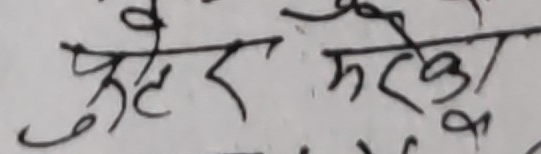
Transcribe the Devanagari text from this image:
छुटेर मरेको